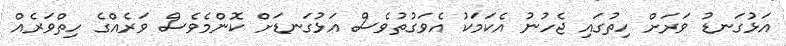
އަޅުގަނޑު ވަރަށް ހިތުގައި ޖެހުނު އެކަމަކު އެވަގުތުވެސް އަޅުގަނޑަށް ކޮންމެވެސް ވަރެއްގެ ހިތްވަރެއް